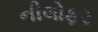
નીલોફર